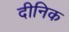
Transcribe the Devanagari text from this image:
दीनिक